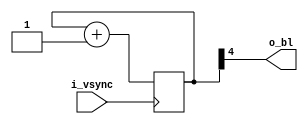
// Generate blinking line
// VGA blinks every 16 frames (1.8Hz @ 60Hz)
module blinker (
    input      i_vsync, // frame
    output     o_bl     // blinking line
);

reg [4:0] counter;

assign o_bl = counter[4];

always @(negedge i_vsync)
    counter <= counter + 1'b1;

endmodule